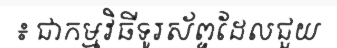
៖ ជាកម្មវិធីទូរស័ព្ទដែលជួយ